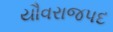
યૌવરાજપદ